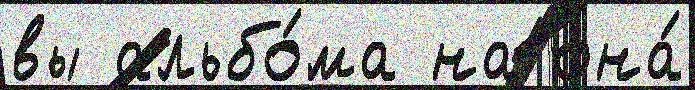
вы альбо́ма на она́